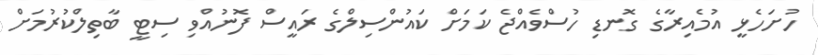
ހުށަހެޅީ އުމެއިރާގެ ގޮނޑި ހުސްވެއްޖެ ކަމަށް ކައުންސިލްގެ ރައީސް ފޮނުއްވި ސިޓީ ބާތިލްކުރުމަށް